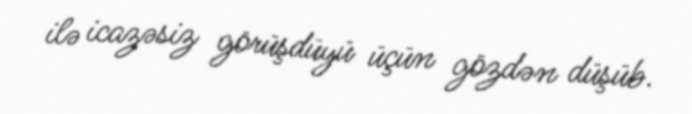
ilə icazəsiz görüşdüyü üçün gözdən düşüb.